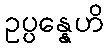
ဥပ္ပန္နေဟိ